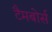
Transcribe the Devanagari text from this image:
टैमबोर्स